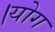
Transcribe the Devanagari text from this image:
।योग